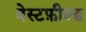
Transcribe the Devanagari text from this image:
वेस्टफ़ील्ड